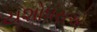
યશોધરાએ